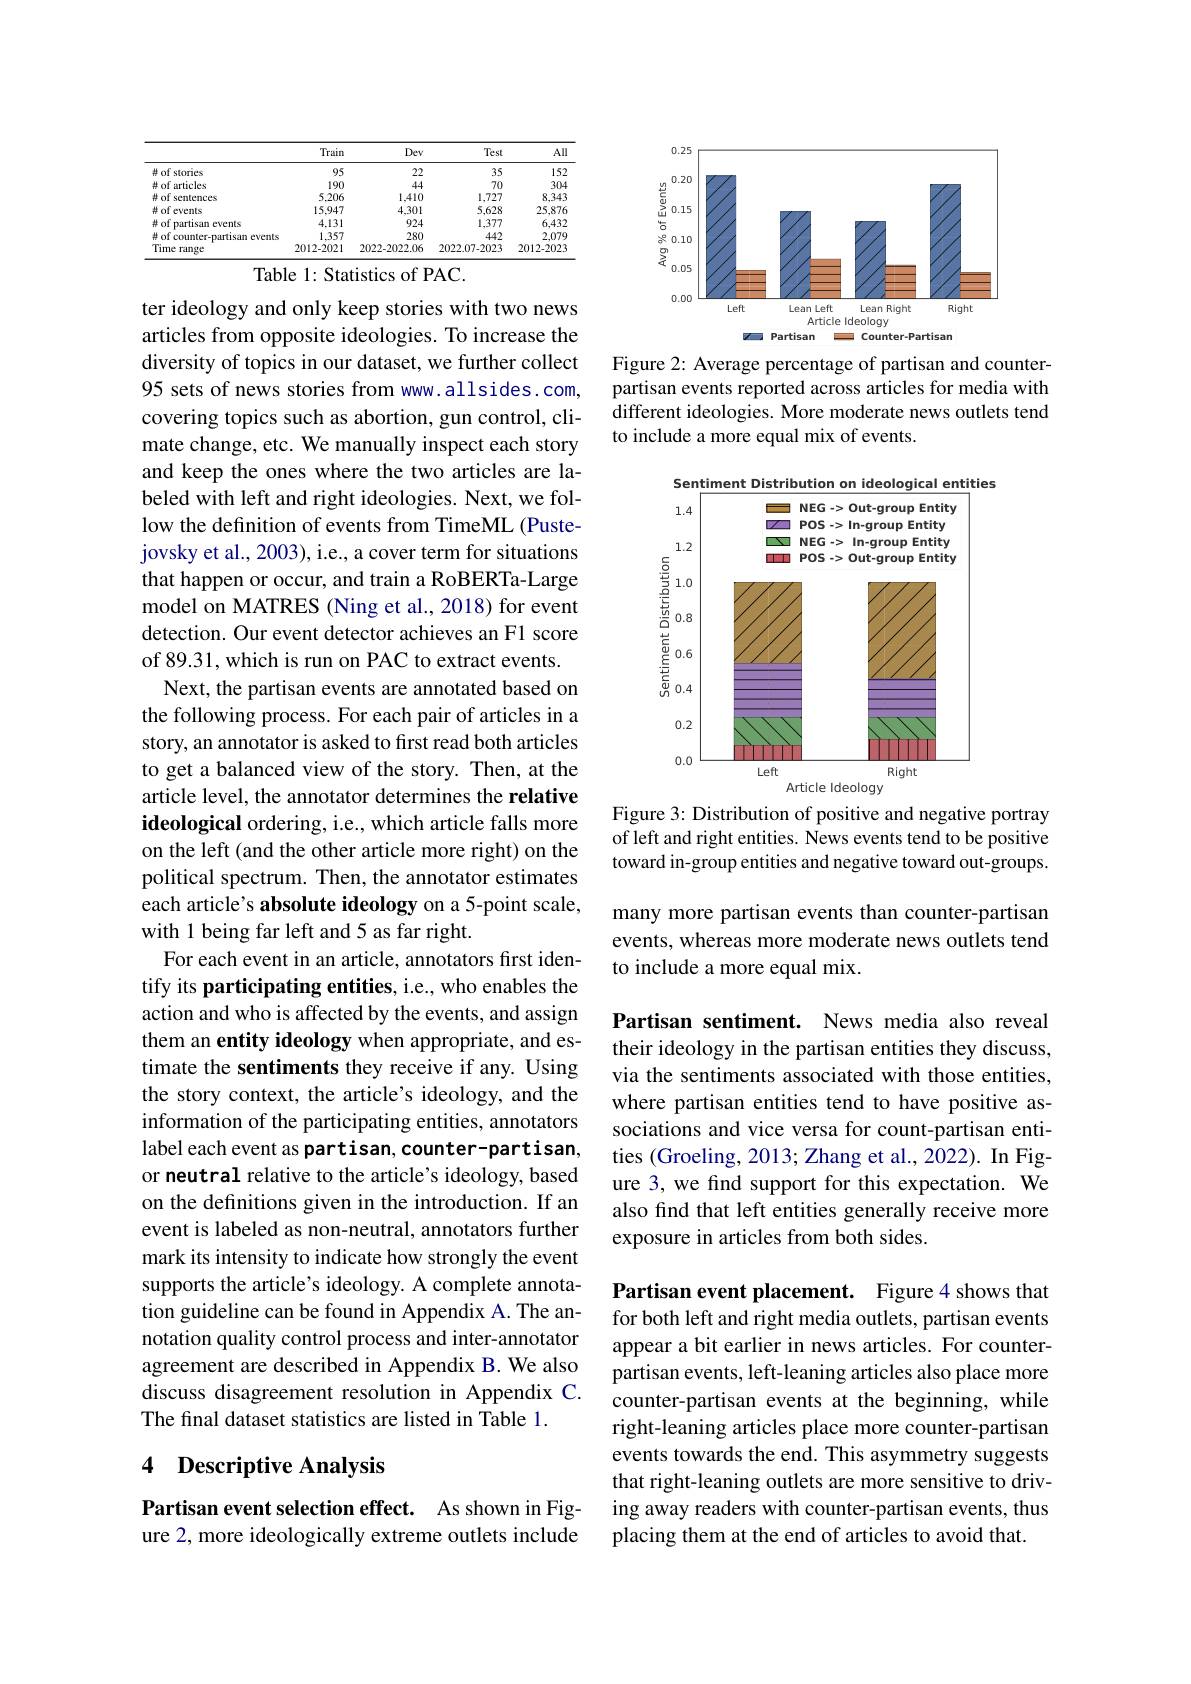
<table>
	<tbody>
		<tr>
			<th> </th>
			<th>Train</th>
			<th>Dev</th>
			<th>Test</th>
			<th>All</th>
		</tr>
		<tr>
			<td># of stories</td>
			<td>95</td>
			<td>22</td>
			<td>35</td>
			<td>152</td>
		</tr>
		<tr>
			<td>#of articles</td>
			<td>190</td>
			<td>44</td>
			<td>70</td>
			<td>304</td>
		</tr>
		<tr>
			<td>$\# of sentences$</td>
			<td>5,206</td>
			<td>1,410</td>
			<td>1,727</td>
			<td>8,343</td>
		</tr>
		<tr>
			<td>#of events</td>
			<td>15.947</td>
			<td>4,301</td>
			<td>5,628</td>
			<td>25,876</td>
		</tr>
		<tr>
			<td># of partisan events</td>
			<td>4,131</td>
			<td>924</td>
			<td>1,377</td>
			<td>6,432</td>
		</tr>
		<tr>
			<td>#of counte cr-partisan 1 events</td>
			<td>1.357</td>
			<td>280</td>
			<td>442</td>
			<td>2,079</td>
		</tr>
		<tr>
			<td>Time range</td>
			<td>2012-2021</td>
			<td>2022-2022.06</td>
			<td>2022.07-2023</td>
			<td>2012-2023</td>
		</tr>
	</tbody>
</table>

Table 1: Statistics of PAC.

ter ideology and only keep stories with two news articles from opposite ideologies. To increase the diversity of topics in our dataset, we further collect 95 sets of news stories from www.allsides.com, covering topics such as abortion, gun control, climate change, etc. We manually inspect each story and keep the ones where the two articles are labeled with left and right ideologies. Next, we follow the definition of events from TimeML (Pustejovsky et al., 2003), i.e., a cover term for situations that happen or occur, and train a RoBERTa-Large model on MATRES (Ning et al., 2018) for event detection. Our event detector achieves an F1 score of 89.31, which is run on PAC to extract events.
Next, the partisan events are annotated based on the following process. For each pair of articles in a story, an annotator is asked to first read both articles to get a balanced view of the story. Then, at the article level, the annotator determines the relative ideological ordering, i.e., which article falls more on the left (and the other article more right) on the political spectrum. Then, the annotator estimates each article's absolute ideology on a 5-point scale, with 1 being far left and 5 as far right.
For each event in an article, annotators first identify its participating entities, i.e., who enables the action and who is affected by the events, and assign them an entity ideology when appropriate, and estimate the sentiments they receive if any. Using the story context, the article's ideology, and the information of the participating entities, annotators label each event as partisan, counter-partisan, or neutral relative to the article's ideology, based on the definitions given in the introduction. If an event is labeled as non-neutral, annotators further mark its intensity to indicate how strongly the event supports the article's ideology. A complete annotation guideline can be found in Appendix A. The annotation quality control process and inter-annotator agreement are described in Appendix B. We also discuss disagreement resolution in Appendix C. The final dataset statistics are listed in Table 1.

## 4 Descriptive Analysis

Partisan event selection effect. As shown in Figure 2, more ideologically extreme outlets include

<FigureHere>

Figure 2: Average percentage of partisan and counterpartisan events reported across articles for media with different ideologies. More moderate news outlets tend to include a more equal mix of events.

<FigureHere>

Figure 3: Distribution of positive and negative portray of left and right entities. News events tend to be positive toward in-group entities and negative toward out-groups.

many more partisan events than counter-partisan events, whereas more moderate news outlets tend to include a more equal mix.

Partisan sentiment. News media also reveal their ideology in the partisan entities they discuss, via the sentiments associated with those entities, where partisan entities tend to have positive associations and vice versa for count-partisan entities (Groeling, 2013; Zhang et al., 2022). In Figure 3, we find support for this expectation. We also find that left entities generally receive more exposure in articles from both sides.

Partisan event placement. Figure 4 shows that for both left and right media outlets, partisan events appear a bit earlier in news articles. For counterpartisan events, left-leaning articles also place more counter-partisan events at the beginning, while right-leaning articles place more counter-partisan events towards the end. This asymmetry suggests that right-leaning outlets are more sensitive to driving away readers with counter-partisan events, thus placing them at the end of articles to avoid that.